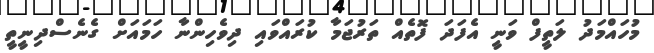
މުހައްމަދު ލަތީފް ވަނީ އެފަދަ ފޮތެއް ތަރުޖަމާ ކުރައްވައި ދިވެހިންނާ ހަމައަށް ގެނެސްދިނީތީ